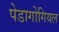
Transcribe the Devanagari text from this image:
पेडागोगियल